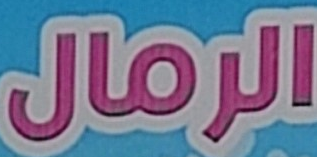
الرمال